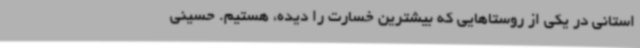
استانی در یکی از روستاهایی که بیشترین خسارت را دیده، هستیم. حسینی